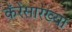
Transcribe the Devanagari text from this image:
कॅरेंसारख्या